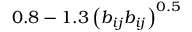
0 . 8 - 1 . 3 \left( b _ { i j } b _ { i j } \right) ^ { 0 . 5 }